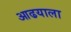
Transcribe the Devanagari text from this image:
आढयाला